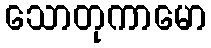
သောတုကာမော